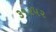
૩૧૨૫૨